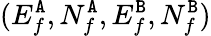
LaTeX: (E_{f}^{{\tt A}},N_{f}^{{\tt A}},E_{f}^{{\tt B}},N_{f}^{{\tt B}})